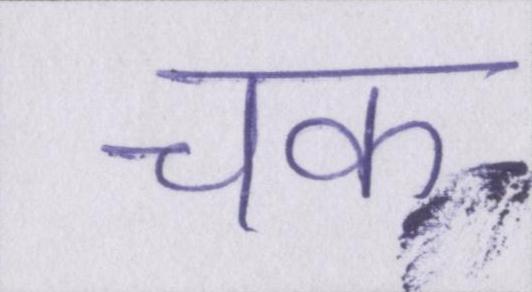
चक